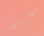
توبياس